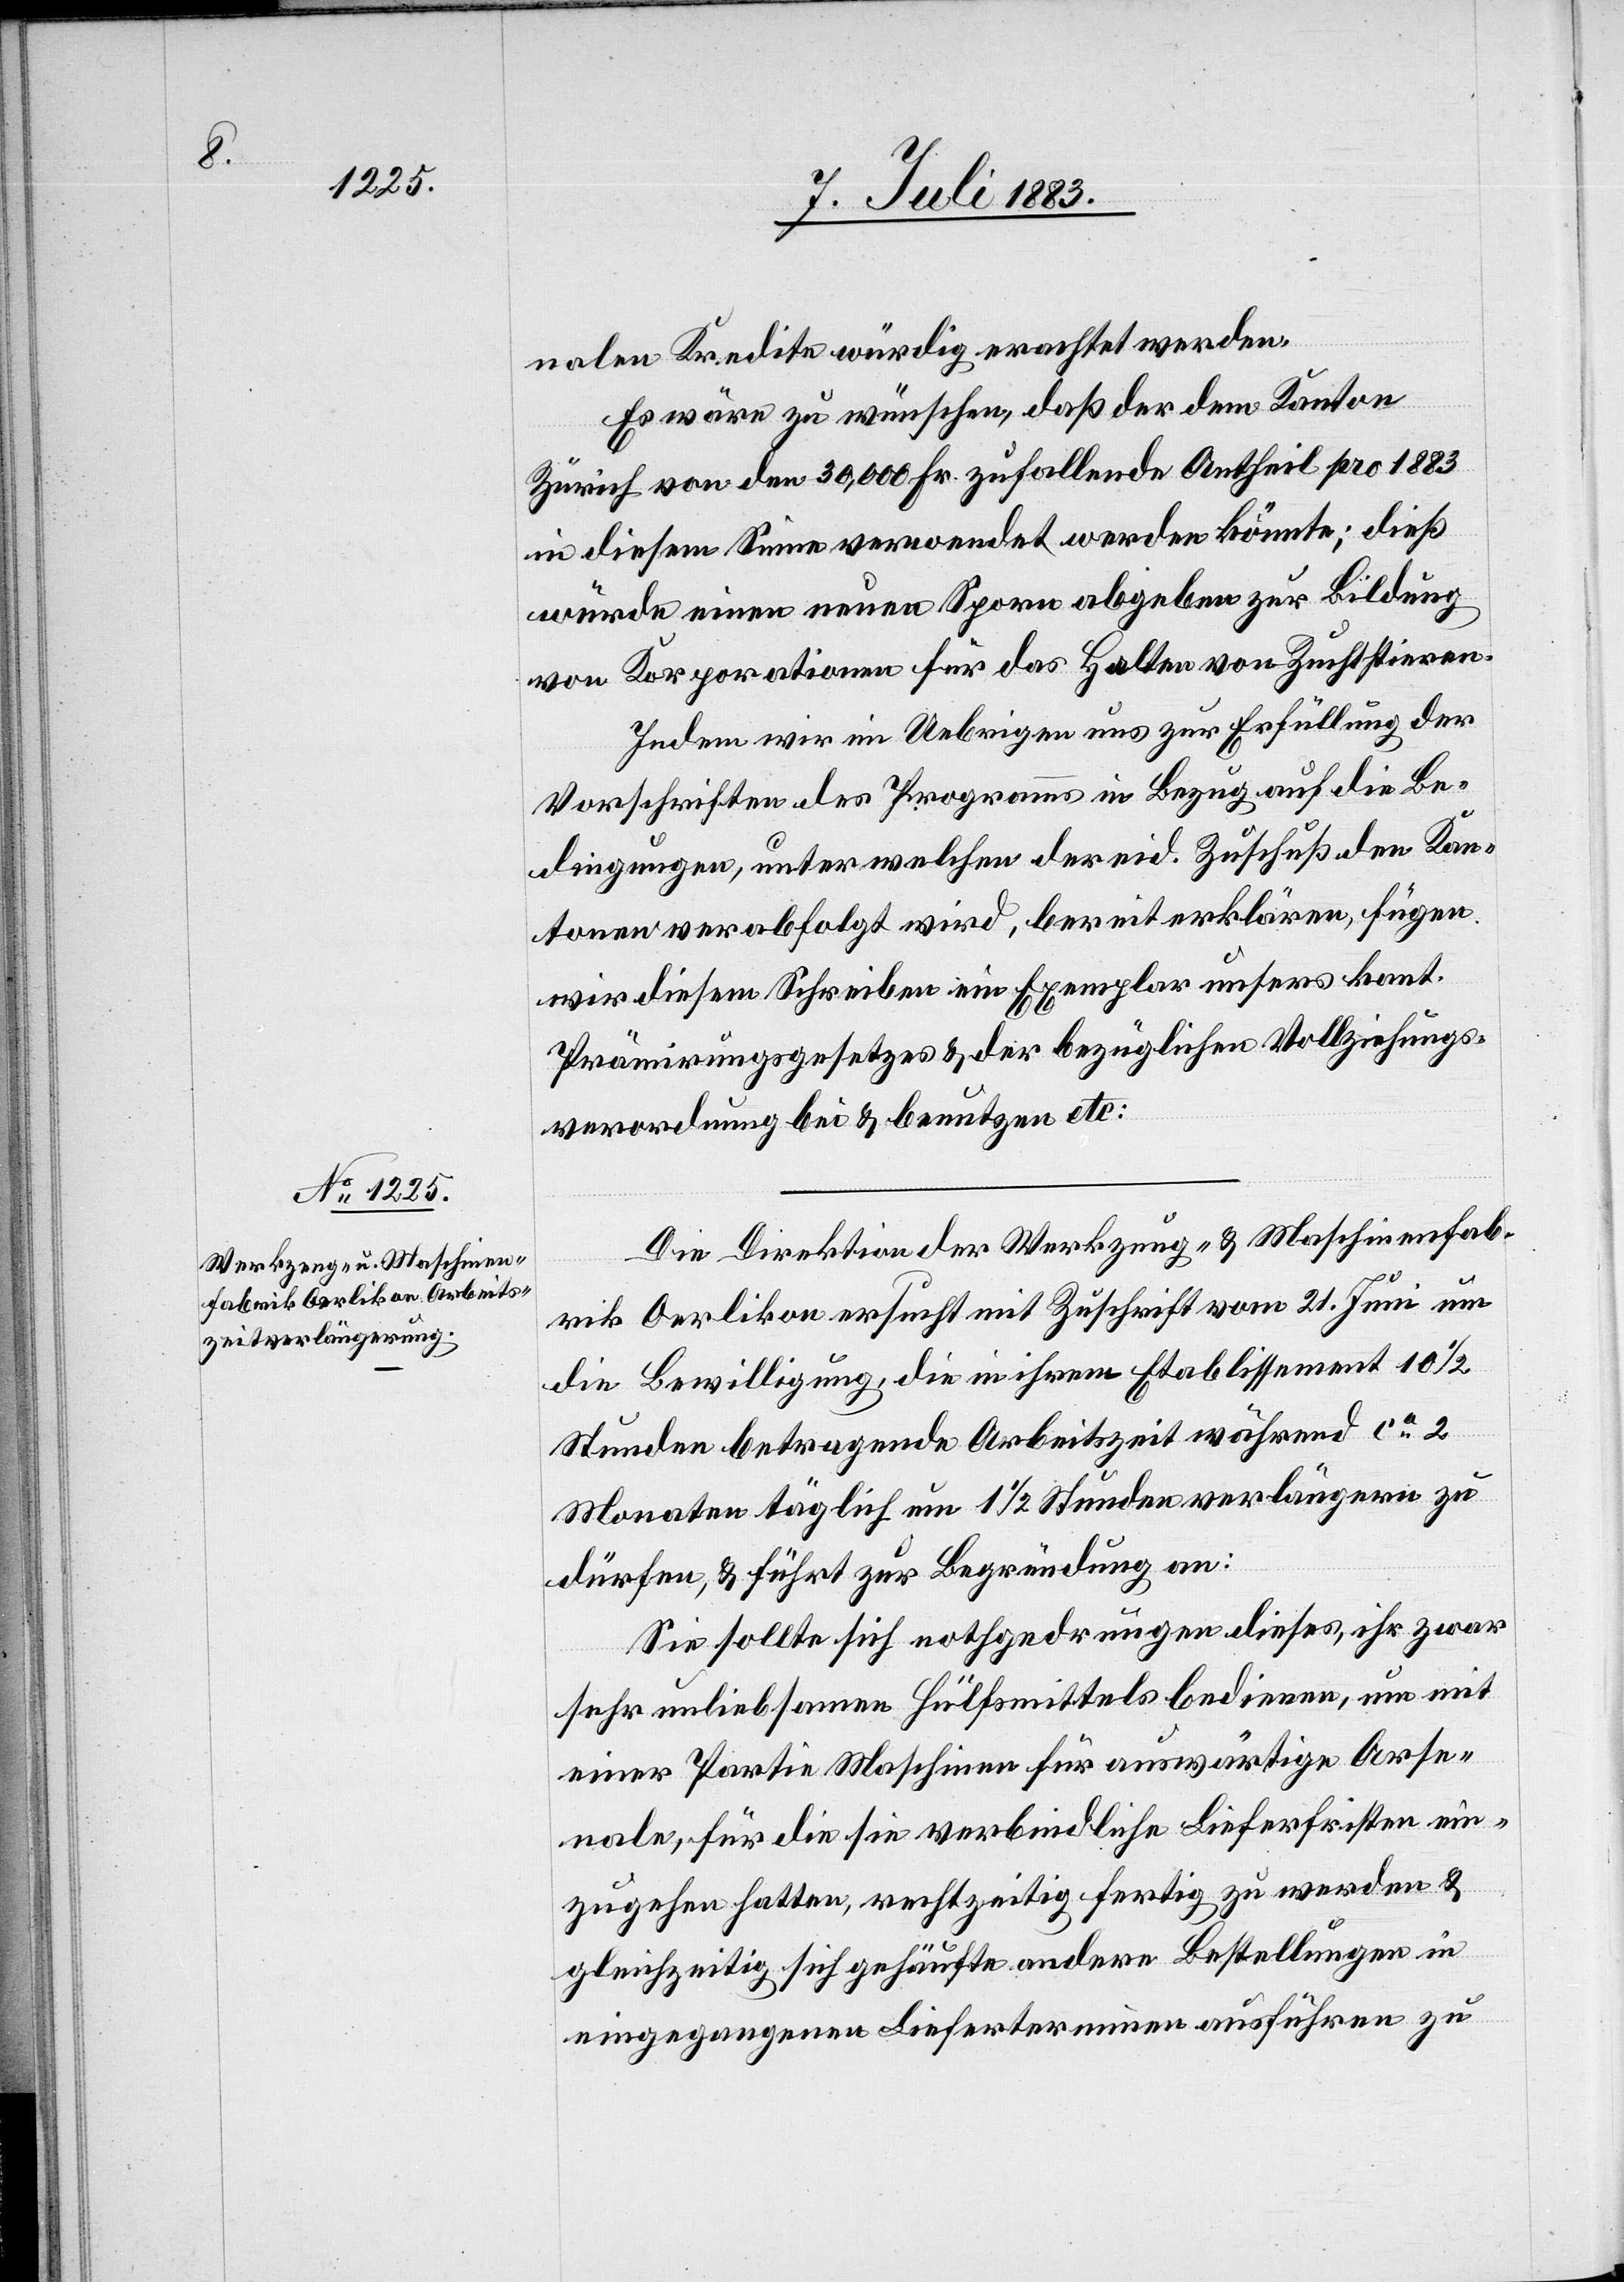
nalen Kredite würdig erachtet werden.
Es wäre zu wünschen, daß der dem Kanton
Zürich von den 30,000 Fr. zufallende Antheil pro 1883
in diesem Sinne verwendet werden könnte; dieß
würde einen neuen Sporn abgeben zur Bildung
von Korporationen für das Halten von Zuchtstieren.
Indem wir im Uebrigen uns zur Erfüllung der
Vorschriften des Programms im Bezug auf die Be¬
dingungen, unter welchen der eid. Zuschuß den Kan¬
tonen verabfolgt wird, bereit erklären, fügen
wir diesem Schreiben ein Exemplar unsers kant.
Prämirungsgesetzes & der bezüglichen Vollziehungs¬
verordnung bei & benutzen etc.[“]
Die Direktion der Werkzeug- & Maschinenfab¬
rik in Oerlikon ersucht mit Zuschrift vom 21. Juni um
die Bewilligung, die in ihrem Etablissement 10 1/2
Stunden betragende Arbeitszeit während ca 2
Monaten täglich um 1 1/2 Stunden verlängern zu
dürfen, & führt zur Begründung an:
Sie sollte sich nothgedrungen dieses, ihr zwar
sehr unliebsamen Hülfsmittels bedienen, um mit
einer Partie Maschinen für auswärtige Arse¬
nale, für die sie verbindliche Lieferfristen ein¬
zugehen hatte, rechtzeitig fertig zu werden &
gleichzeitig sich gehäufte andere Bestellungen in
eingegangenen Lieferterminen ausführen zu